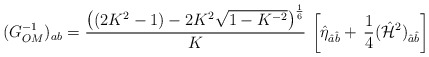
\begin{align*}(G^{-1}_{OM})_{ab} = {\left( (2K^2 -1) - 2K^2 \sqrt{1-K^{-2}} \right)^{1\over6} \over K} \, \left[ \hat{\eta}_{\hat{a}\hat{b}} + \, {1\over 4} (\hat{{\cal H}}^2)_{\hat{a}\hat{b}} \right]\end{align*}